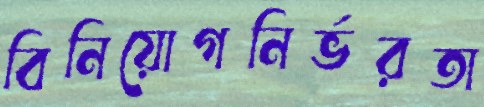
বিনিয়োগনির্ভরতা